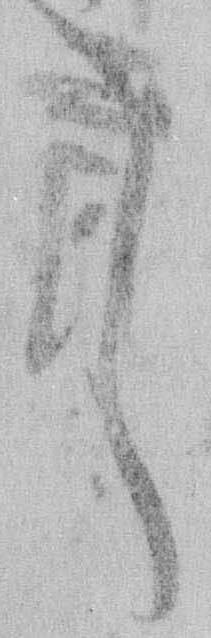
く